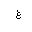
Letter: _gayn